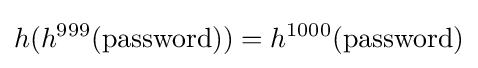
h(h^{999}(\mathrm {password} ))=h^{1000}(\mathrm {password} )